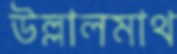
উল্লালমাথ